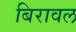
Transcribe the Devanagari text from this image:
बिरावल